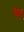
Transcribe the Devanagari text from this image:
पैन्